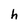
Character: h